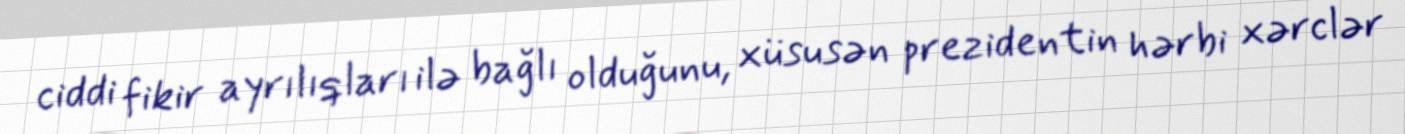
ciddi fikir ayrılıqları ilə bağlı olduğunu, xüsusən prezidentin hərbi xərclər